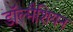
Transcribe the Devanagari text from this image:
डॉल्मैशियन